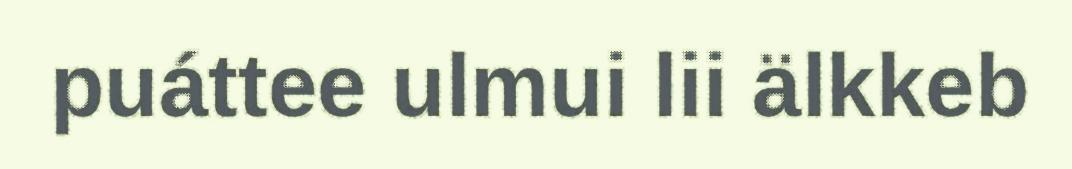
puáttee ulmui lii älkkeb